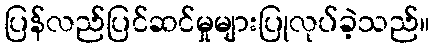
ပြန်လည်ပြင်ဆင်မှုများပြုလုပ်ခဲ့သည်။